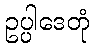
ဥပ္ပါဒေတုံ